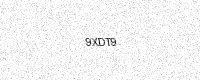
Text: 9XDT9